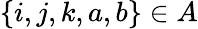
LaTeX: \{ i,j,k,a,b\} \in A